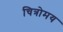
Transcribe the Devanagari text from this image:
चित्रोमय